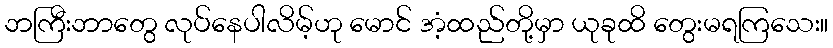
ဘကြီးဘာတွေ လုပ်နေပါလိမ့်ဟု မောင် အံ့ထည်တို့မှာ ယုခုထိ တွေးမရကြသေး။